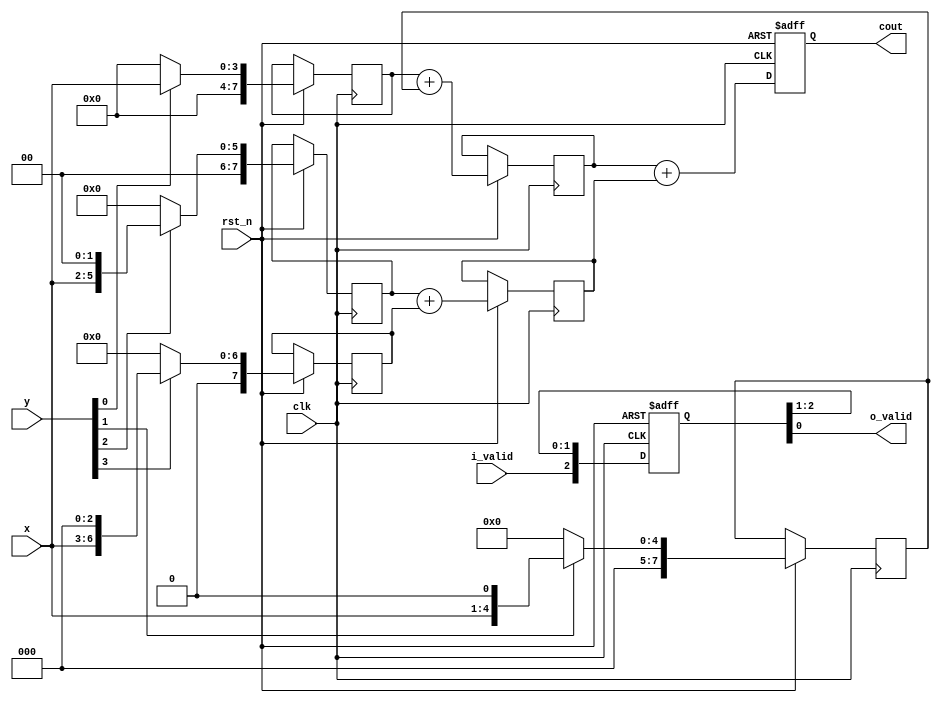
// This program was cloned from: https://github.com/huangxc6/Software_Hardware_Co-Design_24Spring
// License: MIT License

module multi_4bits(
    input               clk,
    input               rst_n,
    input               i_valid,
    input [3:0]         x,
    input [3:0]         y,
    output  reg [7:0]   cout,
    output              o_valid
);

    reg [3:0]x_reg, y_reg;
    reg [7:0]out_reg0;
    reg [7:0]out_reg1;
    reg [7:0]out_reg2;
    reg [7:0]out_reg3;
    
    reg [7:0]out_reg01;
    reg [7:0]out_reg23;

    always@(posedge clk, negedge rst_n) begin
        if(!rst_n)
        begin
            cout <= 8'b0;
        end
        else begin
            out_reg0 <= y[0] ? {4'b0,x}     :8'b0;
            out_reg1 <= y[1] ? {3'b0,x,1'b0}:8'b0;
            out_reg2 <= y[2] ? {2'b0,x,2'b0}:8'b0;
            out_reg3 <= y[3] ? {1'b0,x,3'b0}:8'b0;
            out_reg01 <= out_reg0+out_reg1;
            out_reg23 <= out_reg2+out_reg3;
            cout <= out_reg01+out_reg23;
        end
    end
    
    reg [2:0] o_valid_reg;
    always@(posedge clk, negedge rst_n) begin
        if(!rst_n)
        begin
            o_valid_reg <= 1'b0;
        end else begin
            o_valid_reg <= {i_valid, o_valid_reg[2:1]};
        end
    end
    
    assign o_valid = o_valid_reg[0];

endmodule